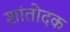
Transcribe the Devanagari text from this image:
शांतोदक